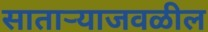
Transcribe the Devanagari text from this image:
सातार्‍याजवळील